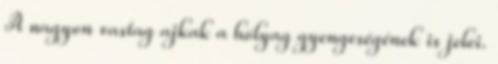
A nagyon vastag ajkak a hólyag gyengeségének is jelei.